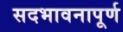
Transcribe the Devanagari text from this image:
सदभावनापूर्ण